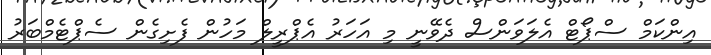
އިންކަމް ސްޕޯޓް އެލަވަންސް ދެވޭނީ މި އަހަރު އެޕްރީލް މަހުން ފެށިގެން ސެޕްޓެމްބަރު